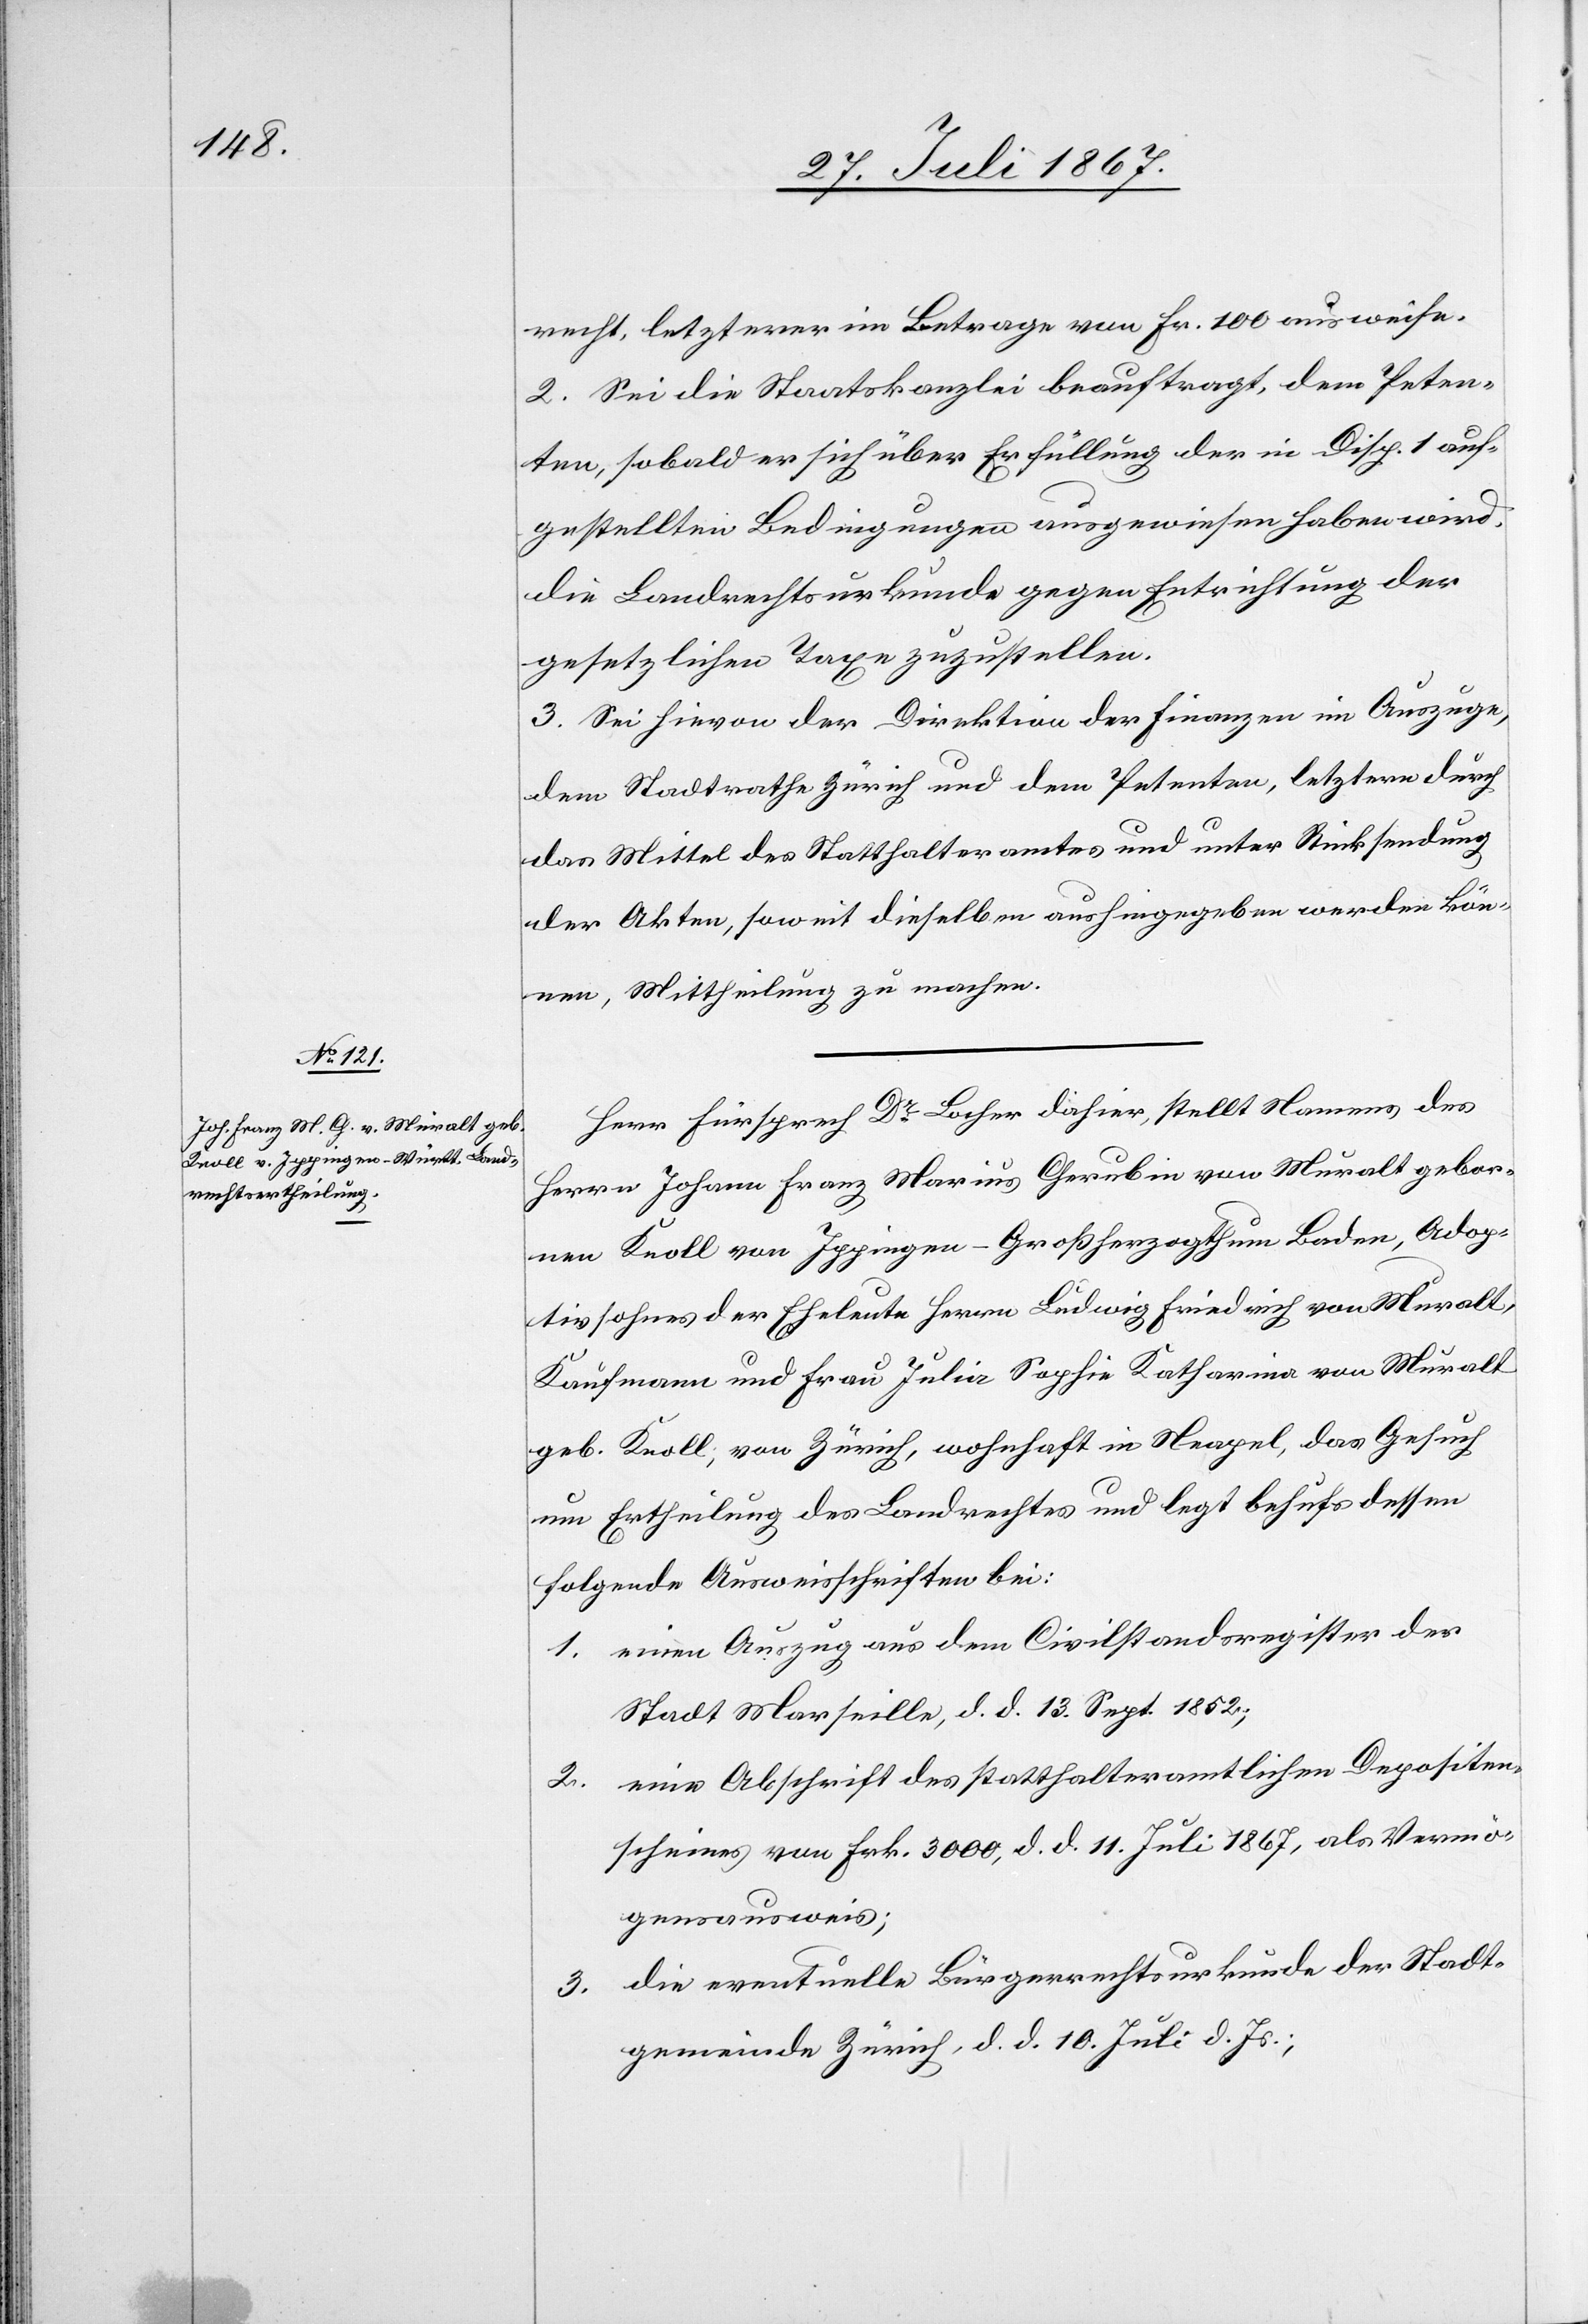
Adop¬

recht, letzterer im Betrage von Fr. 100 ausweise.
2. Sei die Staatskanzlei beauftragt, dem Peten¬
ten, sobald er sich über Erfüllung der in Disp. 1 auf¬
gestellten Bedingungen ausgewiesen haben wird,
die Landrechtsurkunde gegen Entrichtung der
gesetzlichen Taxe zuzustellen.
3. Sei hievon der Direktion der Finanzen im Auszuge,
dem Stadtrathe Zürich und dem Petenten, letztern durch
das Mittel des Statthalteramtes und unter Rücksendung
der Akten, soweit dieselben aushingegeben werden kön¬
nen, Mittheilung zu machen.
Herr Fürsprech Dr. Locher dahier, stellt Namens des
Herrn Johann Franz Marius Cherubin von Muralt gebor¬
nen Knoll von Ippingen-Großherzogthum Baden [sic!],
tivsohn der Eheleute Herrn Ludwig Friedrich von Muralt,
Kaufmann und Frau Julia Katharina von Muralt,
geb. Knoll, von Zürich, wohnhaft in Neapel, das Gesuch
um Ertheilung des Landrechtes und legt behufs dessen
folgende Ausweisschriften bei:
1. einen Auszug aus dem Civilstandsregister der
Stadt Marseille, d. d. 13. Sept. 1852;
2. eine Abschrift des statthalteramtlichen Depositen¬
scheines von Frk. 3000, d. d. 11. Juli 1867, als Vermö¬
gensausweis;
3. die eventuelle Bürgerrechtsurkunde der Stadt¬
gemeinde Zürich, d. d. 10. Juli d. Js.;